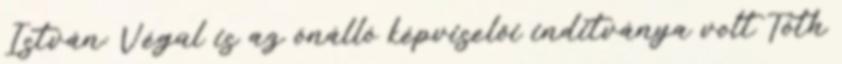
István: Végül is az önálló képviselői inditványa volt Tóth